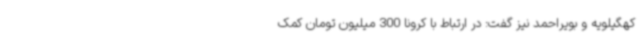
کهگیلویه و بویراحمد نیز گفت: در ارتباط با کرونا 300 میلیون تومان کمک